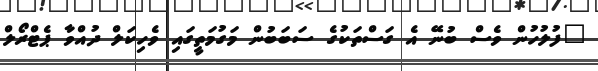
"ފުލުހުން ވެސް ބުނޭ އެ ގަސްތަކުގެ ސަބަބުން މަގުމަތީގައި ވެހިކަލް ދުއްވާ ޕެޓްރޯލް